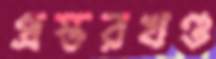
প্রস্তরখণ্ড